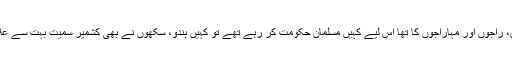
حکومتوں کا وہ پرانا زمانہ بادشاہوں، راجوں اور مہاراجوں کا تھا اس لیے کہیں مسلمان حکومت کر رہے تھے تو کہیں ہندو، سکھوں نے بھی کشمیر سمیت بہت سے علاقوں پر حکومت کے مزے چکھے۔